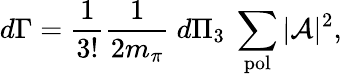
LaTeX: \displaystyle d\Gamma=\frac{1}{3!}\frac{1}{2m_{\pi}}~d\Pi_{3}~\sum_{\mathrm{pol}}|{\cal A}|^{2},